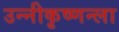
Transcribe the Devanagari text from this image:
उन्नीकृष्णन्ला